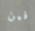
فين